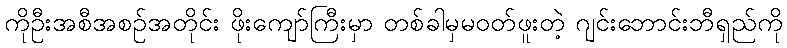
ကိုဦးအစီအစဉ်အတိုင်း ဖိုးကျော်ကြီးမှာ တစ်ခါမှမဝတ်ဖူးတဲ့ ဂျင်းဘောင်းဘီရှည်ကို